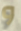
و